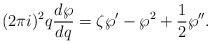
LaTeX: \begin{align*}(2\pi i)^2 q \frac{d\wp}{dq} = \zeta \wp' - \wp^2 + \frac{1}{2}\wp''.\end{align*}